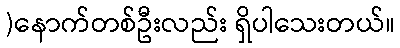
)နောက်တစ်ဦးလည်း ရှိပါသေးတယ်။